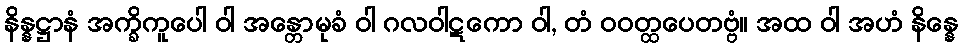
နိန္နဋ္ဌာနံ အက္ခိကူပေါ ဝါ အန္တောမုခံ ဝါ ဂလဝါဋကော ဝါ, တံ ဝဝတ္ထပေတဗ္ဗံ။ အထ ဝါ အဟံ နိန္နေ